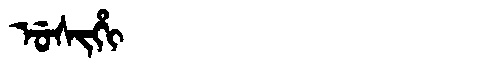
Manchu: ᡠᠰᡳᡥᡳ
Romanization: USIHI